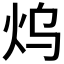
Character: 𤆡